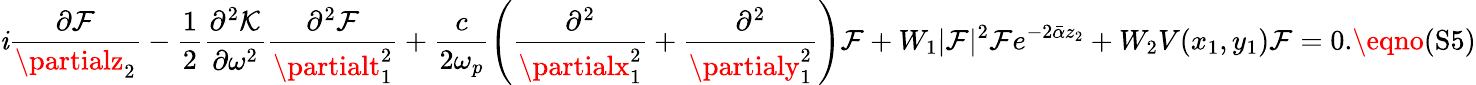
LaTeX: \mathit{i}\frac{{\partial\mathcal{{F}}}}{{\partialz_{2}}}-\frac{{1}}{{2}}\frac{{\partial^{2}\mathcal{{K}}}}{{\partial\omega^{2}}}\frac{{\partial^{2}\mathcal{{F}}}}{{\partialt_{1}^{2}}}+\frac{{c}}{{2\omega_{p}}}\left(\frac{{\partial^{2}}}{{\partialx_{1}^{2}}}+\frac{{\partial^{2}}}{{\partialy_{1}^{2}}}\right)\mathcal{{F}}+W_{1}|\mathcal{{F}}|^{2}\mathcal{{F}}e^{-2\bar{{\alpha}}z_{2}}+W_{2}V(x_{1},y_{1})\mathcal{{F}}=0.\eqno{(\textrm{{S5}})}